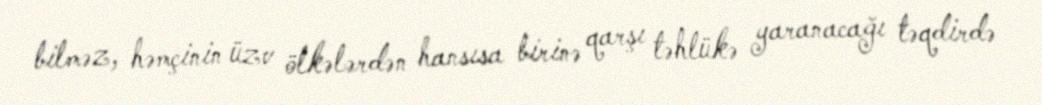
bilməz, həmçinin üzv ölkələrdən hansısa birinə qarşı təhlükə yaranacağı təqdirdə